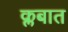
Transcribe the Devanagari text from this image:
क्लबात